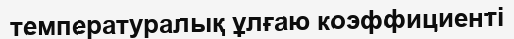
температуралық ұлғаю коэффициенті